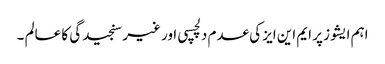
اہم ایشوز پر ایم این ایز کی عدم دلچسپی اور غیر سنجیدگی کا عالم ۔